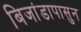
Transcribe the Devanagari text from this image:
बिजांडापासुन